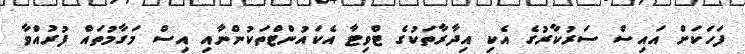
ފަހަކަށް އައިސް ސަރުކާރުގެ އެކި އިދާރާތަކުގެ ޓްވިޓާ އެކައުންޓްތަކުންނާއި އިސް މަގާމުތައް ފުރުއްވާ